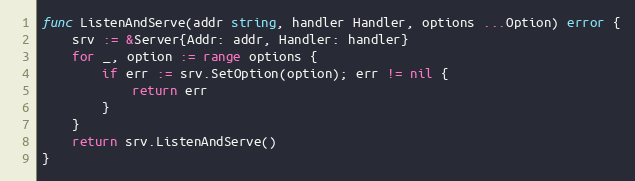
Language: Go
func ListenAndServe(addr string, handler Handler, options ...Option) error {
	srv := &Server{Addr: addr, Handler: handler}
	for _, option := range options {
		if err := srv.SetOption(option); err != nil {
			return err
		}
	}
	return srv.ListenAndServe()
}